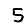
Digit: 5